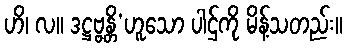
ဟိ၊ လ။ ဒဋ္ဌဗ္ဗန္တိ’ဟူသော ပါဌ်ကို မိန့်သတည်း။